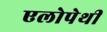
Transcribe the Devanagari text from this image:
एलोपेथी